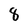
Character: 8